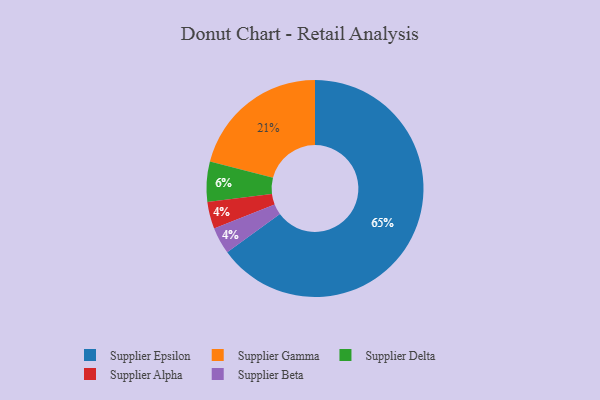
{"axis": {"x": "Category", "y": "Percentage"}, "legend": ["Supplier Alpha", "Supplier Beta", "Supplier Delta", "Supplier Epsilon", "Supplier Gamma"], "data": [{"x": "Supplier Alpha", "y": 4, "type": "Supplier Alpha"}, {"x": "Supplier Delta", "y": 6, "type": "Supplier Delta"}, {"x": "Supplier Gamma", "y": 21, "type": "Supplier Gamma"}, {"x": "Supplier Beta", "y": 4, "type": "Supplier Beta"}, {"x": "Supplier Epsilon", "y": 65, "type": "Supplier Epsilon"}]}